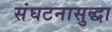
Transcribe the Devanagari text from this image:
संघटनासुद्धा